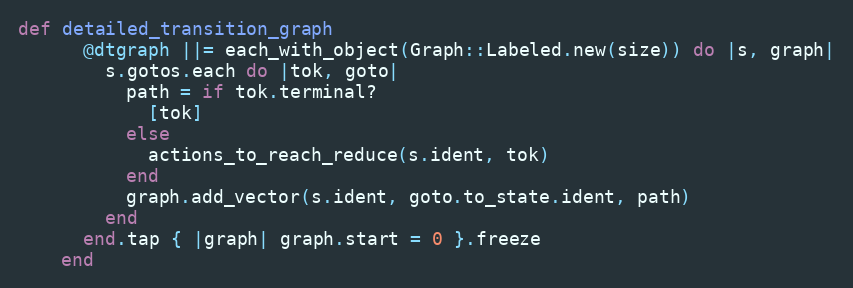
Language: Ruby
def detailed_transition_graph
      @dtgraph ||= each_with_object(Graph::Labeled.new(size)) do |s, graph|
        s.gotos.each do |tok, goto|
          path = if tok.terminal?
            [tok]
          else
            actions_to_reach_reduce(s.ident, tok)
          end
          graph.add_vector(s.ident, goto.to_state.ident, path)
        end
      end.tap { |graph| graph.start = 0 }.freeze
    end